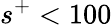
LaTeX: s^{+}<100